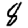
Digit: 8